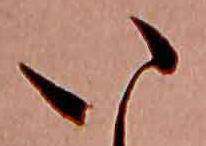
い